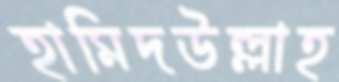
হামিদউল্লাহ